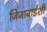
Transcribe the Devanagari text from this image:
जिजाबाईंशी